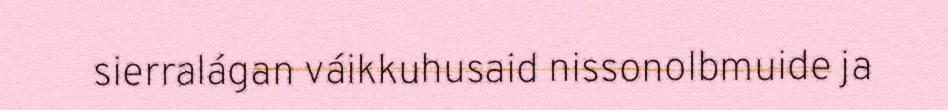
sierralágan váikkuhusaid nissonolbmuide ja